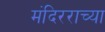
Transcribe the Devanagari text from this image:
मंदिरराच्या